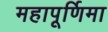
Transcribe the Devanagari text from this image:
महापूर्णिमा